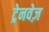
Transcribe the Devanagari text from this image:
ट्रेनवेज़